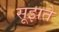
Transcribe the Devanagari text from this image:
सूझते